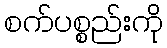
စက်ပစ္စည်းကို